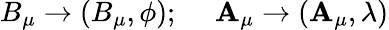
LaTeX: B_{\mu}\rightarrow(B_{\mu},\phi);~~~~~\mathbf{A}_{\mu}\rightarrow(\mathbf{A}_{\mu},\lambda)